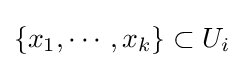
\{x_{1},\cdots ,x_{k}\}\subset U_{i}